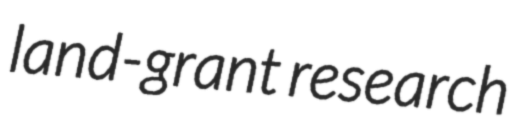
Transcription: land-grant research